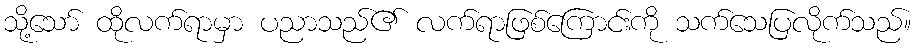
သို့သော် ထိုလက်ရာမှာ ပညာသည်၏ လက်ရာဖြစ်ကြောင်းကို သက်သေပြလိုက်သည်။